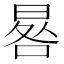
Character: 晷